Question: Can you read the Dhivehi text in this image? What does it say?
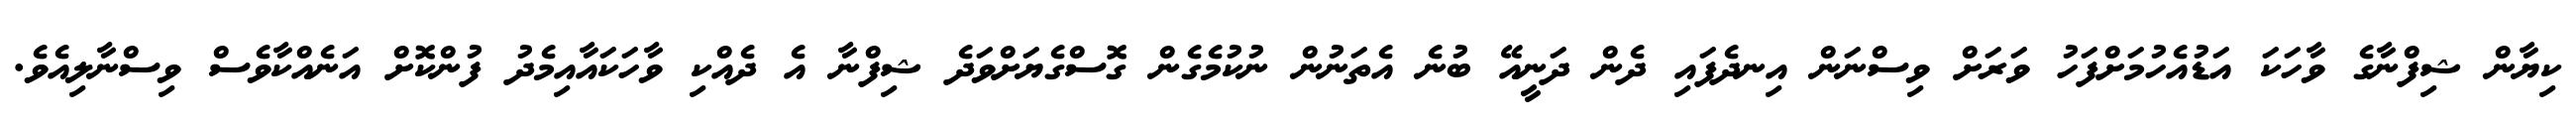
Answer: ކިޔާން ޝިފްނާގެ ވާހަކަ އަޑުއެހުމަށްފަހު ވަރަށް ވިސްނަން އިނދެފައި ދެން ދަނީއޭ ބުނެ އެތަނުން ނުކުމެގެން ގޮސްގެޔަށްވަދެ ޝިފްނާ އެ ދެއްކި ވާހަކައާއިމެދު ފުންކޮށް އަނެއްކާވެސް ވިސްނާލިއެވެ.